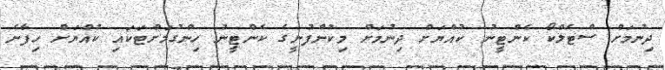
ދިނުމަށް ސްޓެލްކޯ ކެންޓީނު ކުއްޔަށް ދިނުމަށް މިކުންފުނީގެ ކެންޓީނު ހިންގުމަށްޓަކައި ކުއްޔަށް ހިފާނެ